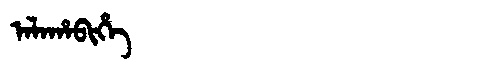
Manchu: ᠠᠯᠠᡥᠠᠪᡳᡥᡝ
Romanization: ALAHABIHE